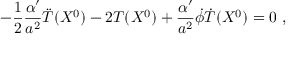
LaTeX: - \frac { 1 } { 2 } \frac { \alpha ^ { \prime } } { a ^ { 2 } } \ddot { T } ( X ^ { 0 } ) - 2 T ( X ^ { 0 } ) + \frac { \alpha ^ { \prime } } { a ^ { 2 } } \dot { \phi } \dot { T } ( X ^ { 0 } ) = 0 \ ,